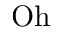
\mathrm { O h }